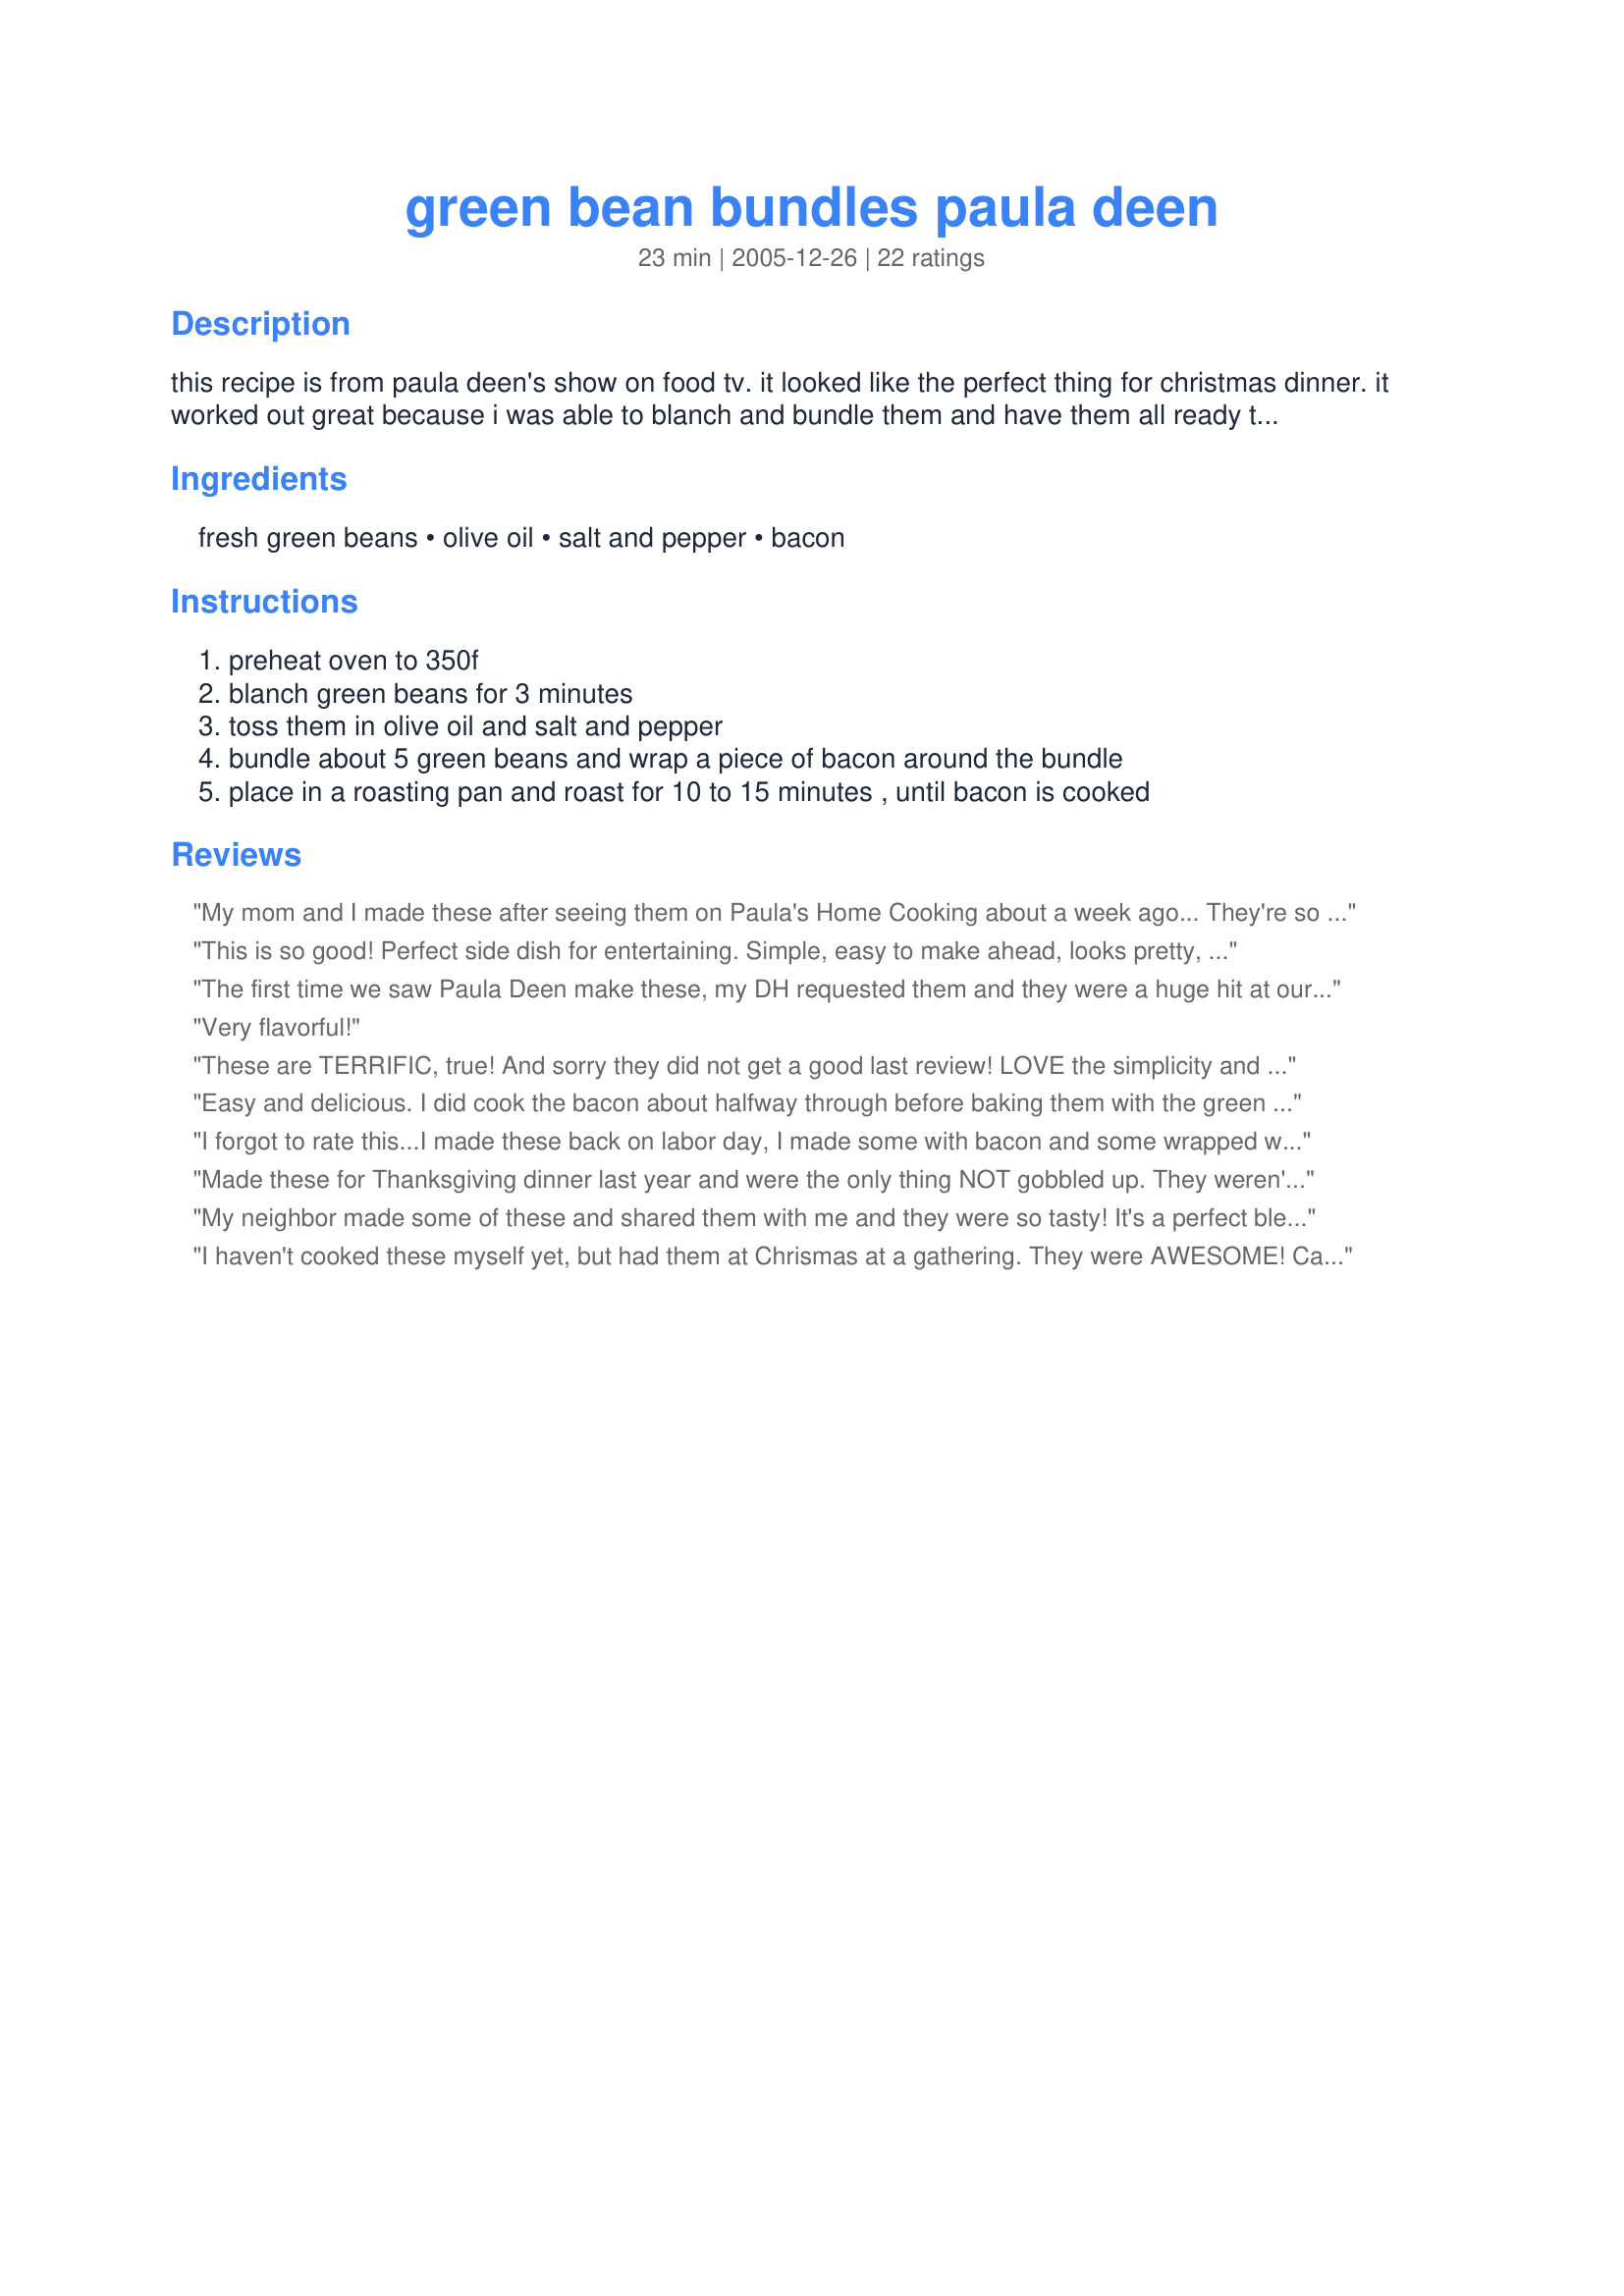
green bean bundles paula deen
Preparation time: 23 minutes

this recipe is from paula deen's show on food tv. it looked like the perfect thing for christmas dinner. it worked out great because i was able to blanch and bundle them and have them all ready to pop in the oven in advance. they looked as yummy as they were. highly recommended!

Ingredients:
fresh green beans, olive oil, salt and pepper, bacon

Steps:
preheat oven to 350f, blanch green beans for 3 minutes, toss them in olive oil and salt and pepper, bundle about 5 green beans and wrap a piece of bacon around the bundle, place in a roasting pan and roast for 10 to 15 minutes , until bacon is cooked

Reviews:
My mom and I made these after seeing them on Paula's Home Cooking about a week ago... They're so incredibly easy to make and taste even more incredible! lol my mom's been spreading the recipe around everywhere and everybody loves them as much as we do.

I agree, they're highly recommended. Paula Deen is my queen. :D
This is so good! Perfect side dish for entertaining. Simple, easy to make ahead, looks pretty, and so yummy. Everyone raved about the smoky bacon-infused flavor of the green beans.
The first time we saw Paula Deen make these, my DH requested them and they were a huge hit at our Thanksgiving meal. I have refined the recipe just by pre-cooking the bacon a bit just to cook off some of the grease before wrapping the bundles in the bacon slices. I also use center cut bacon (the 33% less fat kind), I don't like really greasy vegetables and that is what you will get if you use the cheapest bacon out there!!
Very flavorful!
These are TERRIFIC, true!
And sorry they did not get a good last review!
LOVE the simplicity and ease!
And this recipe to my guests surely did please!
Also served them along with a Dijon vinegarette!
Will I make it again? YOU BET!
The bacon cut is the key,
And how you cook it so it does not come out GREASY!
THANKS!
***UPDATE: Made this AGAIN this week for another party, TRUE!
The GREAT hint and tip is to precook bacon in the oven on baking baking, roll then finish them off shortly before serving too!
WHOO HOO!
Easy and delicious. I did cook the bacon about halfway through before baking them with the green beans and I think that definitely helps crisp them up. Makes for a pretty presentation too! Thanks!
I forgot to rate this...I made these back on labor day, I made some with bacon and some wrapped with a piece of procuitto...great recipe
Made these for Thanksgiving dinner last year and were the only thing NOT gobbled up. They weren't very tasty. I think asparagus would've been a better choice for the bundles.
My neighbor made some of these and shared them with me and they were so tasty! It's a perfect blend of flavor and texture. I was shocked at how simple these are to make after knowing how good they taste! I had asked her for the recipe, but she keeps forgetting--so thanks for sharing this, Sharlene!
I haven't cooked these myself yet, but had them at Chrismas at a gathering. They were AWESOME! Can't wait to try to cook them myself!
What you see is what you get! Simple, yet so elegant and scrumptious! Some balsamic vinegar sprinkled on top would not go far wrong, either.
The flavors were nice, but I was disappointed that the bacon did not crisp for me either. This may be because I was using turkey bacon, but since that usually gets crisp for me when I cook it I think it just has something to do with cooking time. I will keep experimenting!
These are very good. I am planning to make these for a wedding, so I tried three variations to see which worked best. I tried unblanched with uncooked bacon. That did not turn out well, and I found that blanching is very important!! I tried blanched with uncooked bacon and by the time the bacon was done, the green beans were WAY too done. So, I tried blanched with precooked bacon and it turned out great. I also added a little bit of garlic powder. My taste testers gave rave reviews. Thanks for the posting!!
These were excellent. I partially cooked the bacon first, and added a little bit of garlic powder when I seasoned the green beans. My bacon turned out very crisp and delicious!
These are absolutly delicious. Used turkey bacon instead of pork bacon to save on the fat calories. I also did them on the grill as a sidedish to some rosemary/garlic/lemon grilled chicken. Easy and delicious!
I love these!! I think I've served them to almost everyone I know! They are so simple to do ahead for company and I always get rave reviews - even from people who usually aren't crazy for green beans. Thanks for sharing.
Super easy to make, and I liked the fact that I could make them ahead of time and just pop them in, but to us they just looked extra fancy, nothing like I had expected when I saw her make them and read the reviews here. I'll try them again but its not something we'll be craving or drooling for.
What can I say, these little bundles are awesome! I make them all the time for large family gatherings because I get so many requests for them. My cousin even asked me to make them for her wedding reception dinner.
Yum, Yum and Yum. What more can you say. Can't expect anything less from Paula Deen though. Thanks for posting. It's a keeper!
Excellent! These were extra yummy and looked extra fancy, too! I snapped the ends off the green beans before blanching, and it took about 1/2 pound of bacon for the 1 pound of green beans. I supposed I used about 2 tablespoons of olive oil and just a dash or two of the salt and pepper. Leftovers weren't quite as good, but I still enjoyed them.
Excellent! Easily made and most impressive presentation. Very nice flavor. I used whole frozen beans, thawed.
I've had these for years (southern girl here), partially cook the bacon and blanche the green beans. For the holidays and something really special, I add garlic powder, a little brown sugar and some soy sauce! Makes it a sweet-sour flavor bomb! Here's a picture with the sauce drizzled on and ready to go in the oven! (I take the toothpicks out after they're cooked)
